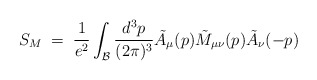
\begin{align*}S_{M}\;=\;{\frac {1}{e^2}} \int_{\cal B} {\frac {d^3p}{(2\pi)^3}} {\tilde A}_{\mu}(p){\tilde M_{\mu\nu}}(p) {\tilde A}_{\nu}(-p)\end{align*}